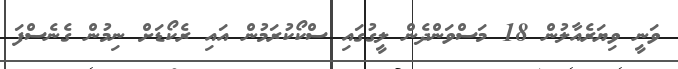
ވަނީ ވިޔަރެއާލުން 18 މަސްވަންދެން ލީގުގައި ސްކޯކުރަމުން އައި ރެކޯޑަށް ނިމުން ގެނެސްފަ